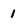
Character: 1